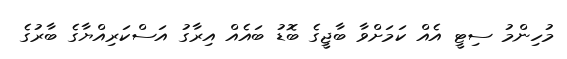
މުހިންމު ސިޓީ އެއް ކަމަށްވާ ބާޖީގެ ބޮޑު ބައެއް އިރާގު އަސްކަރިއްޔާގެ ބާރުގެ